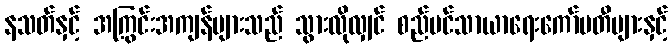
နသတ်နှင့် အကြွင်းအကျန်များသည် သွားလိုလျှင် စည်ပင်သာယာရေးကော်မတီများနှင့်